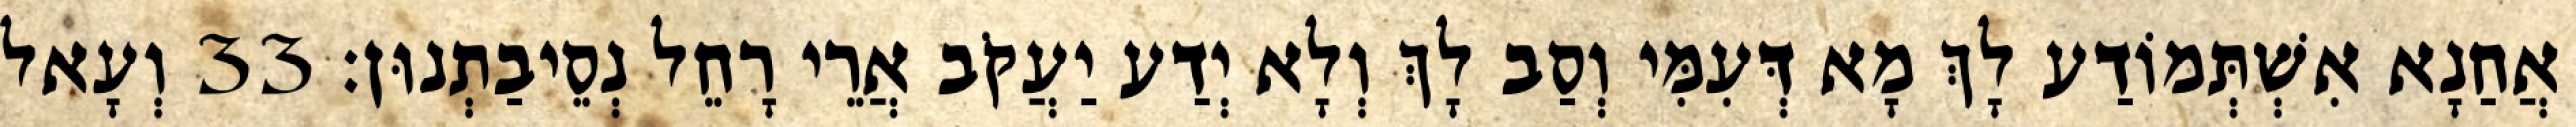
אֲחַנָא אִשְׁתְּמוֹדַע לָךְ מָא דְּעִמִּי וְסַב לָךְ וְלָא יְדַע יַעֲקֹב אֲרֵי רָחֵל נְסֵיבַתְנוּן׃ 33 וְעָאל